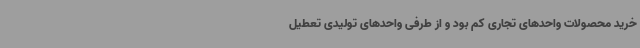
خرید محصولات واحدهای ‌تجاری کم بود و از طرفی واحدهای تولیدی تعطیل